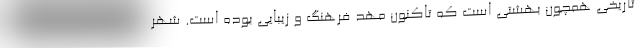
تاریخی همچون بهشتی است که تاکنون مهد فرهنگ و زیبایی بوده است. شهر